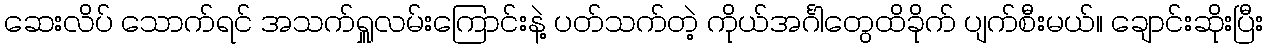
ဆေးလိပ် သောက်ရင် အသက်ရှူလမ်းကြောင်းနဲ့ ပတ်သက်တဲ့ ကိုယ်အင်္ဂါတွေထိခိုက် ပျက်စီးမယ်။ ချောင်းဆိုးပြီး